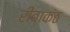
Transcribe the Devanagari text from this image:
रीवाकंठ